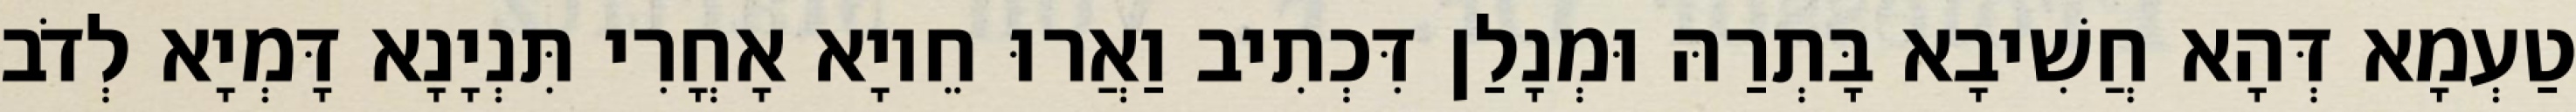
טַעְמָא דְּהָא חֲשִׁיבָא בָּתְרַהּ וּמְנָלַן דִּכְתִיב וַאֲרוּ חֵיוָא אָחֳרִי תִּנְיָנָא דָּמְיָא לְדֹב